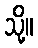
သို့။